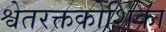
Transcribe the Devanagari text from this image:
श्वेतरक्तकोशिका